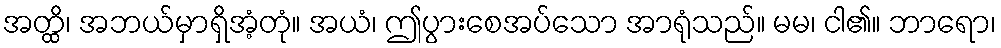
အတ္ထိ၊ အဘယ်မှာရှိအံ့တုံ။ အယံ၊ ဤပွားစေအပ်သော အာရုံသည်။ မမ၊ ငါ၏။ ဘာရော၊